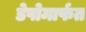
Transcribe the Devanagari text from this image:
डेपोमार्फत